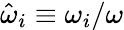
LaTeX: \hat{\omega}_{i}\equiv\omega_{i}/\omega